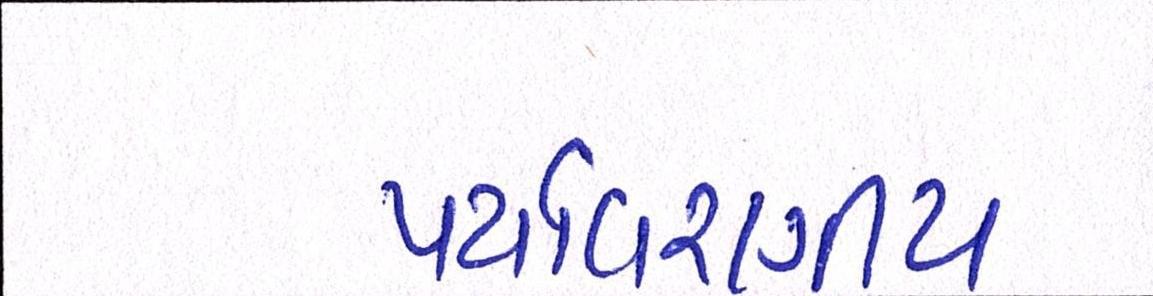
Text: પર્યાવરણીય